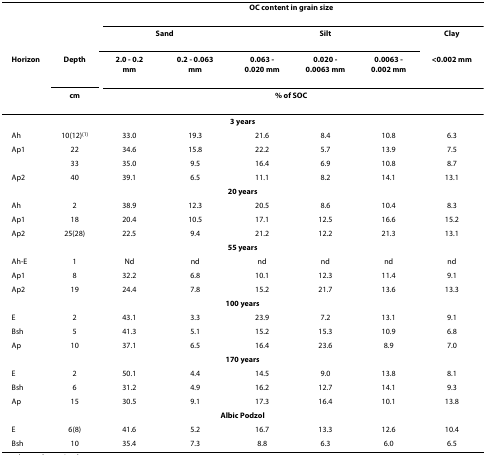
<table><thead><tr><td></td><td></td><td colspan="6"><b>OC content in grain size</b></td></tr><tr><td></td><td></td><td colspan="2"><b>Sand</b></td><td colspan="3"><b>Silt</b></td><td><b>Clay</b></td></tr><tr><td><b>Horizon</b></td><td><b>Depth</b></td><td><b>2.0 - 0.2 mm</b></td><td><b>0.2 - 0.063 mm</b></td><td><b>0.063 - 0.020 mm</b></td><td><b>0.020 - 0.0063 mm</b></td><td><b>0.0063 - 0.002 mm</b></td><td><b>&lt;0.002 mm</b></td></tr><tr><td></td><td><b>cm</b></td><td colspan="6"><b>% of SOC</b></td></tr></thead><tbody><tr><td colspan="8"><b>3 years</b></td></tr><tr><td>Ah</td><td>10(12)<sup>(1)</sup></td><td>33.0</td><td>19.3</td><td>21.6</td><td>8.4</td><td>10.8</td><td>6.3</td></tr><tr><td>Ap1</td><td>22</td><td>34.6</td><td>15.8</td><td>22.2</td><td>5.7</td><td>13.9</td><td>7.5</td></tr><tr><td></td><td>33</td><td>35.0</td><td>9.5</td><td>16.4</td><td>6.9</td><td>10.8</td><td>8.7</td></tr><tr><td>Ap2</td><td>40</td><td>39.1</td><td>6.5</td><td>11.1</td><td>8.2</td><td>14.1</td><td>13.1</td></tr><tr><td colspan="8"><b>20 years</b></td></tr><tr><td>Ah</td><td>2</td><td>38.9</td><td>12.3</td><td>20.5</td><td>8.6</td><td>10.4</td><td>8.3</td></tr><tr><td>Ap1</td><td>18</td><td>20.4</td><td>10.5</td><td>17.1</td><td>12.5</td><td>16.6</td><td>15.2</td></tr><tr><td>Ap2</td><td>25(28)</td><td>22.5</td><td>9.4</td><td>21.2</td><td>12.2</td><td>21.3</td><td>13.1</td></tr><tr><td colspan="8"><b>55 years</b></td></tr><tr><td>Ah-E</td><td>1</td><td>Nd</td><td>nd</td><td>nd</td><td>nd</td><td>nd</td><td>nd</td></tr><tr><td>Ap1</td><td>8</td><td>32.2</td><td>6.8</td><td>10.1</td><td>12.3</td><td>11.4</td><td>9.1</td></tr><tr><td>Ap2</td><td>19</td><td>24.4</td><td>7.8</td><td>15.2</td><td>21.7</td><td>13.6</td><td>13.3</td></tr><tr><td colspan="8"><b>100 years</b></td></tr><tr><td>E</td><td>2</td><td>43.1</td><td>3.3</td><td>23.9</td><td>7.2</td><td>13.1</td><td>9.1</td></tr><tr><td>Bsh</td><td>5</td><td>41.3</td><td>5.1</td><td>15.2</td><td>15.3</td><td>10.9</td><td>6.8</td></tr><tr><td>Ap</td><td>10</td><td>37.1</td><td>6.5</td><td>16.4</td><td>23.6</td><td>8.9</td><td>7.0</td></tr><tr><td colspan="8"><b>170 years</b></td></tr><tr><td>E</td><td>2</td><td>50.1</td><td>4.4</td><td>14.5</td><td>9.0</td><td>13.8</td><td>8.1</td></tr><tr><td>Bsh</td><td>6</td><td>31.2</td><td>4.9</td><td>16.2</td><td>12.7</td><td>14.1</td><td>9.3</td></tr><tr><td>Ap</td><td>15</td><td>30.5</td><td>9.1</td><td>17.3</td><td>16.4</td><td>10.1</td><td>13.8</td></tr><tr><td colspan="8"><b>Albic Podzol</b></td></tr><tr><td>E</td><td>6(8)</td><td>41.6</td><td>5.2</td><td>16.7</td><td>13.3</td><td>12.6</td><td>10.4</td></tr><tr><td>Bsh</td><td>10</td><td>35.4</td><td>7.3</td><td>8.8</td><td>6.3</td><td>6.0</td><td>6.5</td></tr></tbody></table>